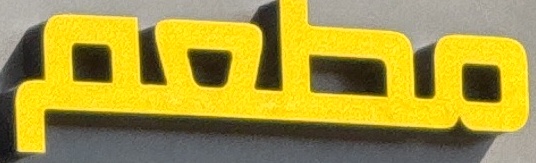
مطعم